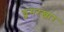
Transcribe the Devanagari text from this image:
डुमरखार